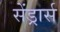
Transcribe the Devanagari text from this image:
सेंड्रार्स